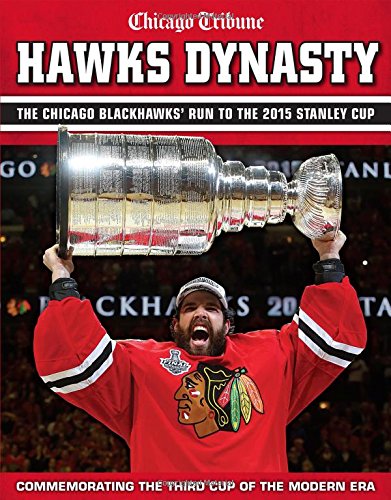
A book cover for Hawks Dynasty: The Chicago Blackhawks' Run to the 2015 Stanley Cup; Chicago Tribune; Sports & Outdoors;